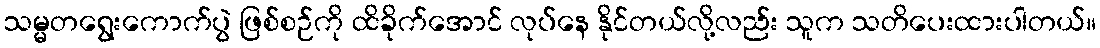
သမ္မတရွေးကောက်ပွဲ ဖြစ်စဉ်ကို ထိခိုက်အောင် လုပ်နေ နိုင်တယ်လို့လည်း သူက သတိပေးထားပါတယ်။